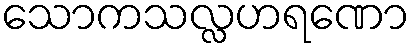
သောကသလ္လဟရဏော